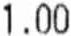
1.00